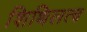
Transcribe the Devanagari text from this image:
शिथिलत्व